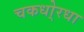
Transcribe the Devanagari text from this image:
चकधो्रधा